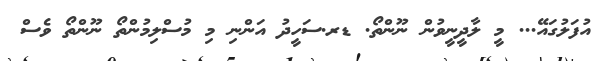
އުފަލުގައޭ... މީ ލާދީނީވުން ނޫންތޯ. ޑރ.ސަހީދު އަންނި މި މުސްލިމުންތޯ ނޫންތޯ ވެސް